Document type: Sale
Year: 1226
Scribe: Ramon d'Om
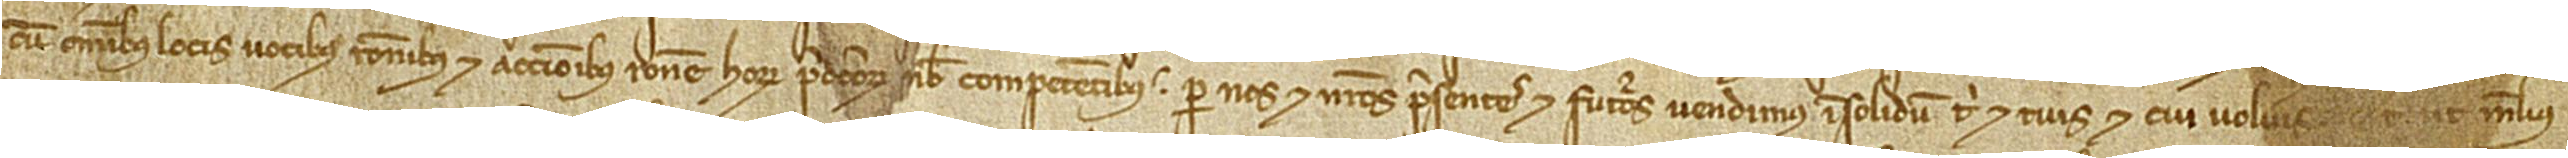
cum omnibus locis, vocibus, rationibus et accionibus ratione horum predictorum nobis competentibus per et nos et nostros presentes et futuros vendimus insolidum tibi et tuis et cui volueris, et ut melius